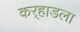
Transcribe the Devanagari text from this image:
कर्‍हाडला